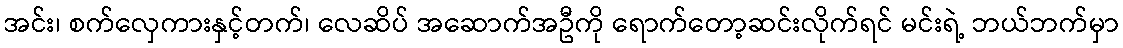
အင်း၊ စက်လှေကားနှင့်တက်၊ လေဆိပ် အဆောက်အဦကို ရောက်တော့ဆင်းလိုက်ရင် မင်းရဲ့ ဘယ်ဘက်မှာ